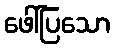
ဖေါ်ပြသော